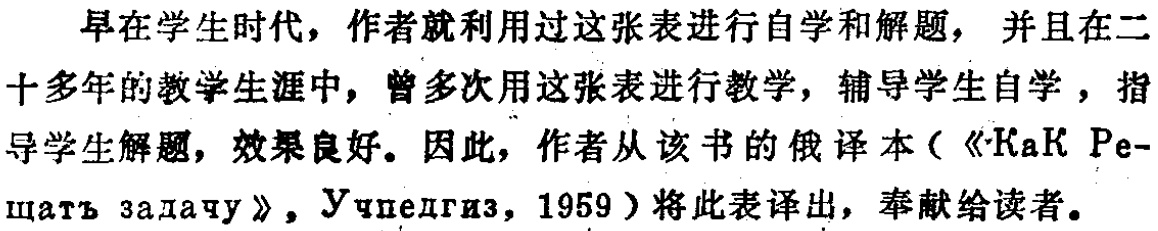
早在学生时代，作者就利用过这张表进行自学和解题，并且在二十多年的教学生涯中，曾多次用这张表进行教学，辅导学生自学，指导学生解题，效果良好。因此，作者从该书的俄译本（《Как Pé-решать задачу》, Учпедгиз, 1959）将此表译出，奉献给读者。